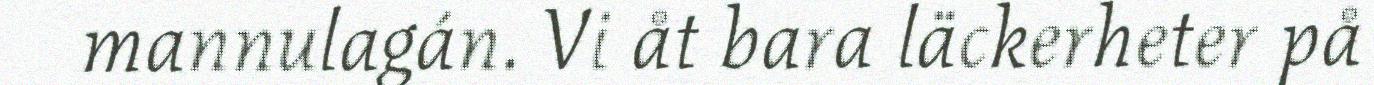
mannulagán. Vi åt bara läckerheter på